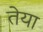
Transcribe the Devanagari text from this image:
तेया